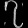
Digit: ၇